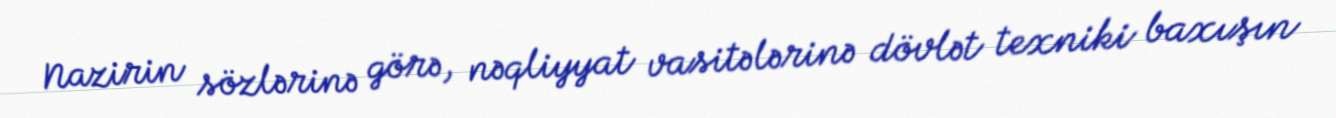
Nazirin sözlərinə görə, nəqliyyat vasitələrinə dövlət texniki baxışın